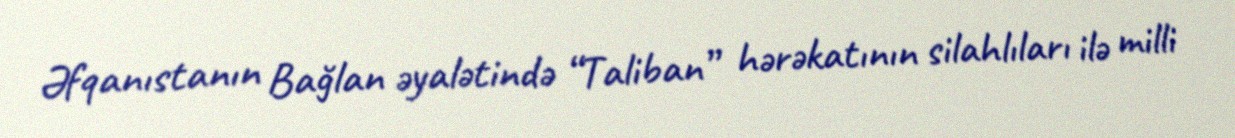
Əfqanıstanın Bağlan əyalətində “Taliban” hərəkatının silahlıları ilə milli